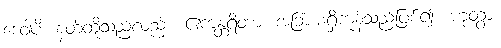
ဒေဝါပိ၊ နတ်တို့သည်လည်း။ ဧကန္တရိတာ၊ အခြားမရှိကုန်သည်ဖြစ်၍။ ဟုတွာ၊